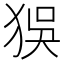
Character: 𤝲